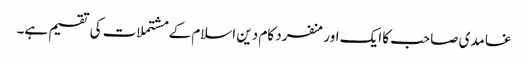
غامدی صاحب کا ایک اورمنفرد کام دین اسلام کے مشتملات کی تقسیم ہے۔